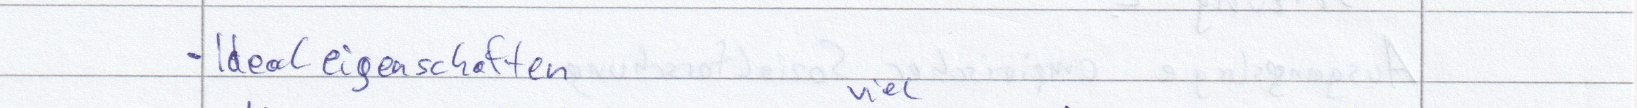
- Idealeigenschaften